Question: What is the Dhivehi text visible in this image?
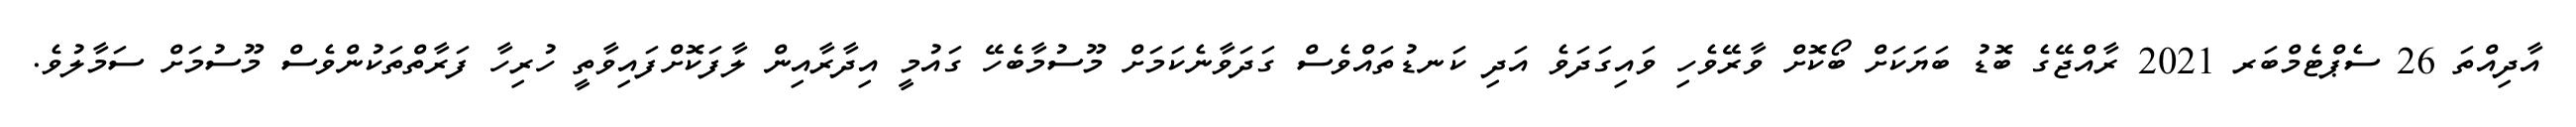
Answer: އާދިއްތަ 26 ސެޕްޓެމްބަރ 2021 ރާއްޖޭގެ ބޮޑު ބަޔަކަށް ބޯކޮށް ވާރޭވެހި ވައިގަދަވެ އަދި ކަނޑުތައްވެސް ގަދަވާނެކަމަށް މޫސުމާބެހޭ ގައުމީ އިދާރާއިން ލާފަކޮށްފައިވާތީ ހުރިހާ ފަރާތްތަކުންވެސް މޫސުމަށް ސަމާލުވެ.